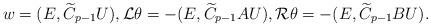
LaTeX: \begin{align*}w=(E, \widetilde C_{p-1}U),{\cal L}\theta =-(E, \widetilde C_{p-1}AU),{\cal R}\theta =-(E, \widetilde C_{p-1}BU).\end{align*}